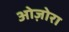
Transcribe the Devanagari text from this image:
ओज़ोरा